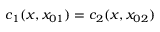
c _ { 1 } ( x , x _ { 0 1 } ) = c _ { 2 } ( x , x _ { 0 2 } )